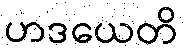
ဟဒယေတိ